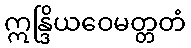
ဣန္ဒြိယဝေမတ္တတံ